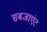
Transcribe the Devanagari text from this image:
सबजाएंट